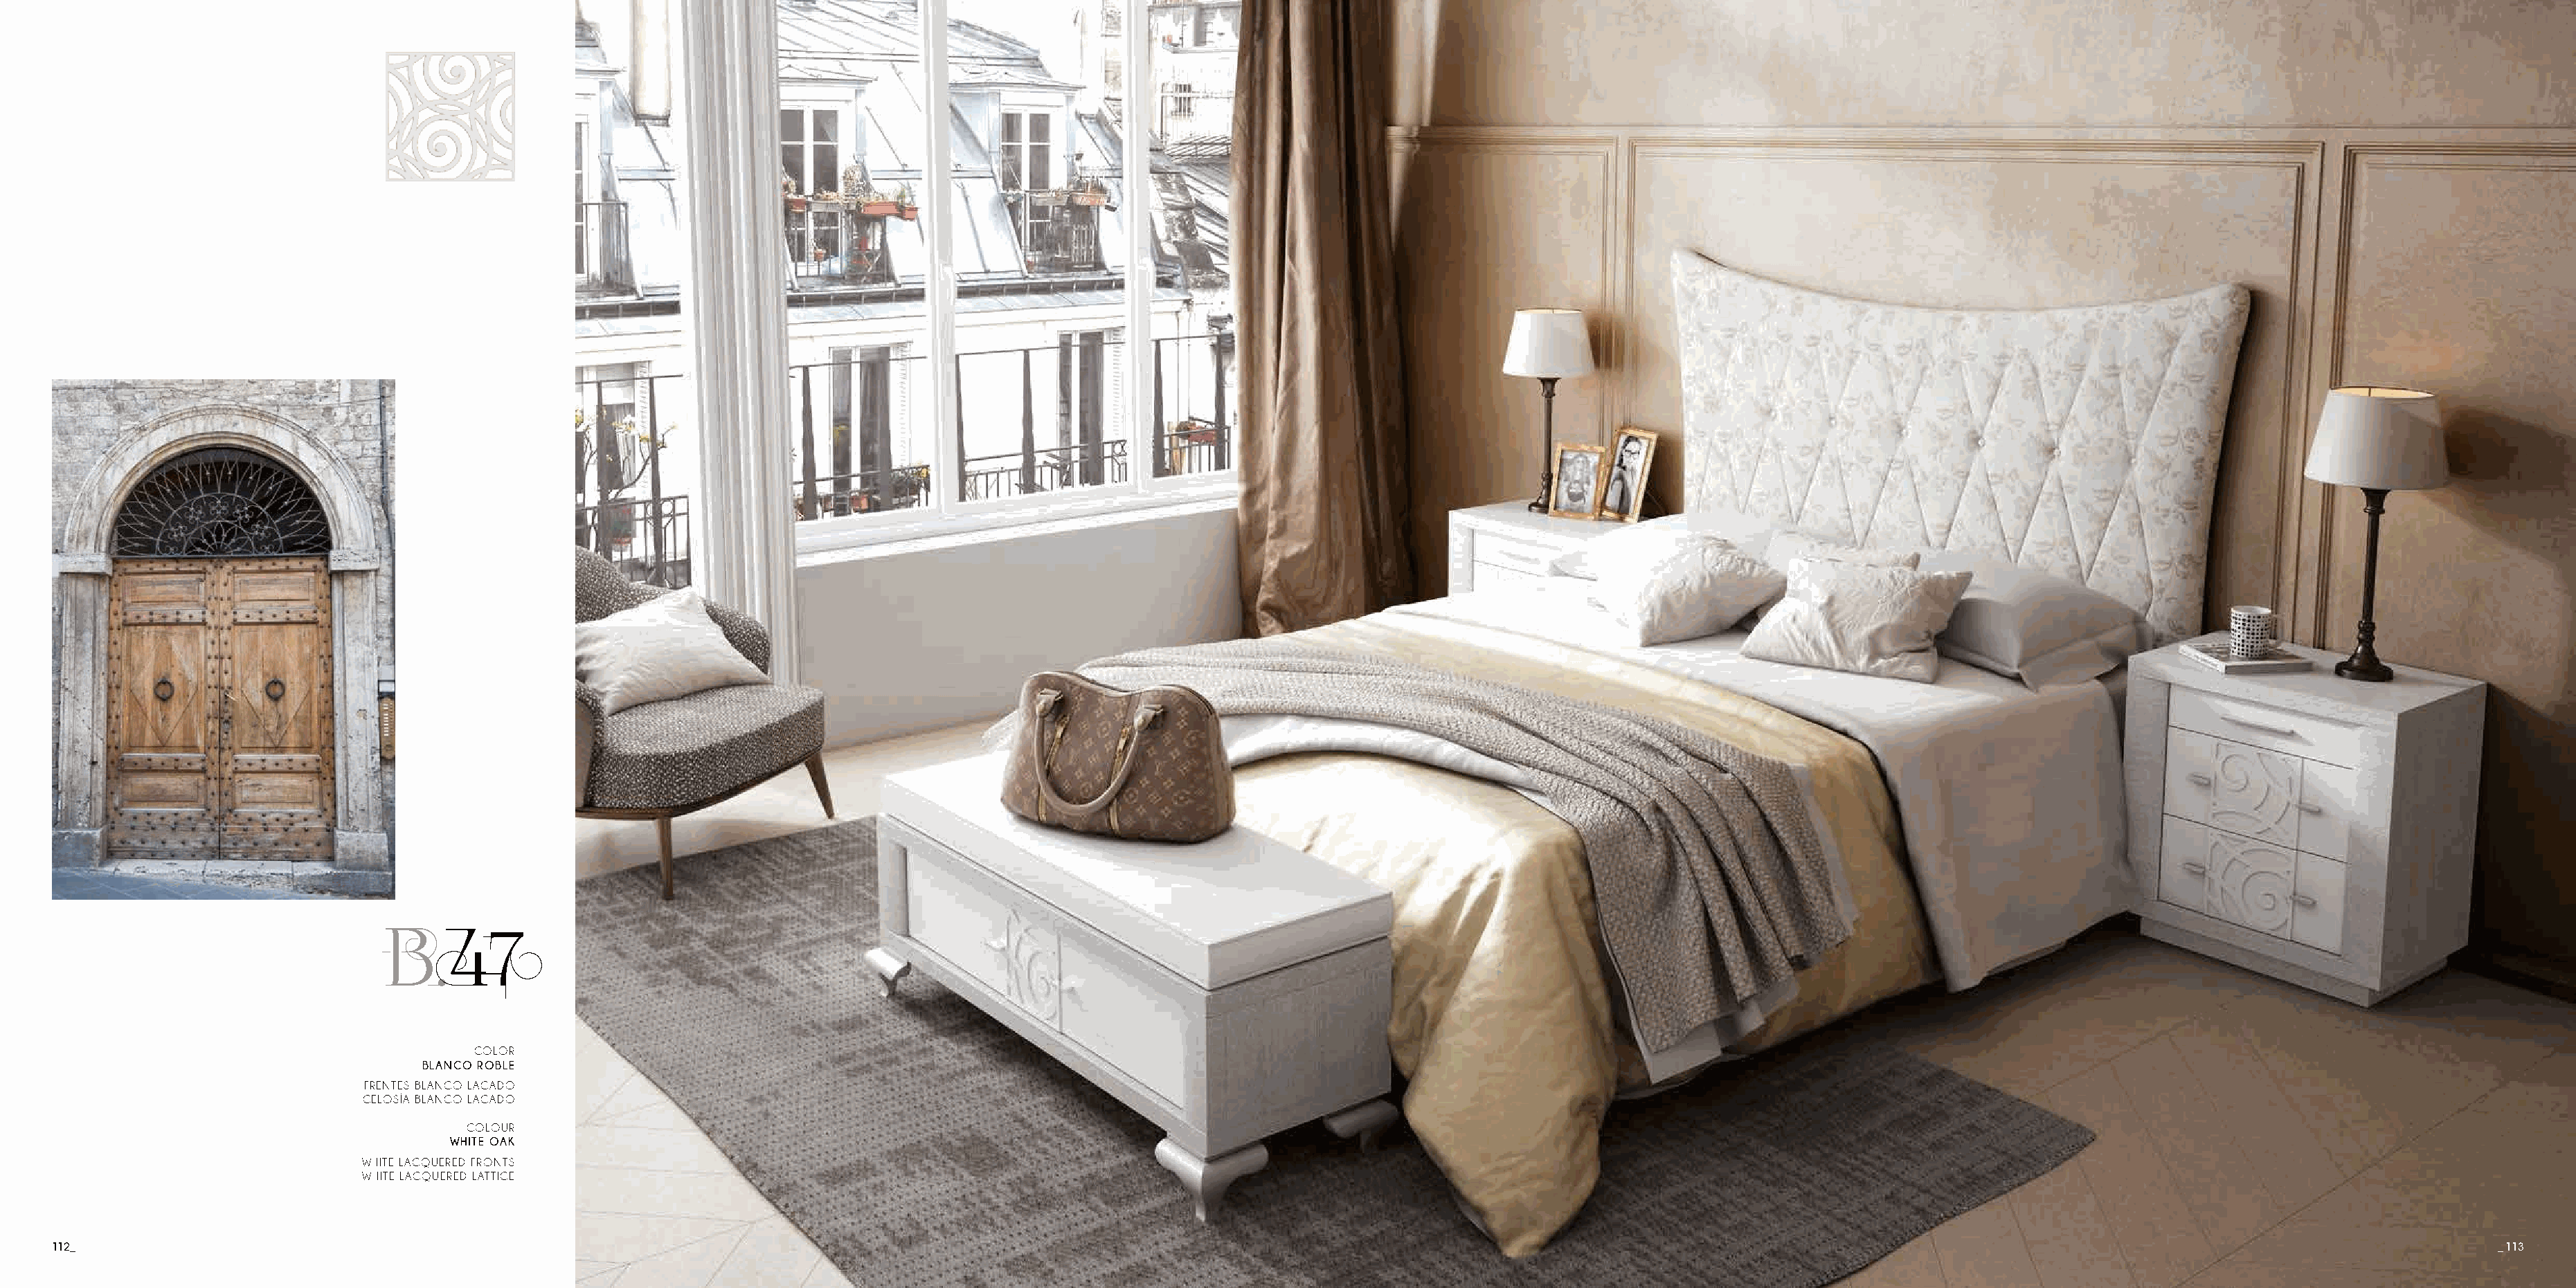
B.47
 COLOR
 BLANCO ROBLE
 FRENTES BLANCO LACADO
 CELOSÍA BLANCO LACADO
 COLOUR
 WHITE OAK
 WHITE LACQUERED FRONTS
 WHITE LACQUERED LATTICE
 112_                                                                                                                                                                                                                                      _ 113